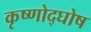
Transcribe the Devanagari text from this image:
कृष्णोद्घोष